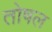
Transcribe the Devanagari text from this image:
तोषल